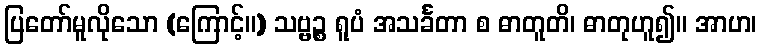
ပြတော်မူလိုသော (ကြောင့်။) သဗ္ဗဉ္စ ရူပံ အသင်္ခတာ စ ဓာတူတိ၊ ဓာတုဟူ၍။ အာဟ၊